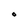
Character: O